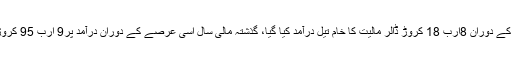
رواں مالی سال پہلے آٹھ ماہ کے دوران 8ارب 18 کروڑ ڈالر مالیت کا خام تیل درآمد کیا گیا، گذشتہ مالی سال اسی عرصے کے دوران درآمد پر9 ارب 95 کروڑ ڈالر خرچ کئے گئے تھے۔